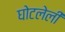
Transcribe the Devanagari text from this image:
घोटलेली